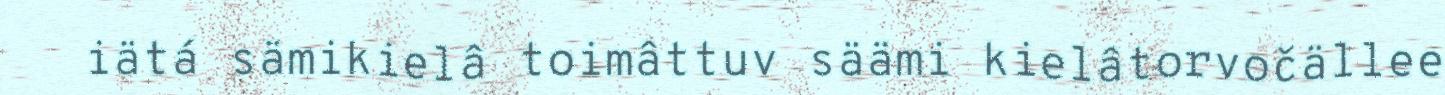
iätá sämikielâ toimâttuv säämi kielâtorvočällee